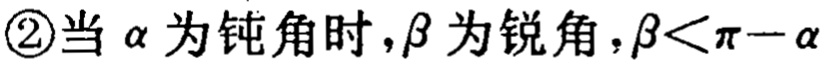
\textcircled{2}当\(\alpha\)为钝角时，\(\beta\)为锐角，\(\beta<\pi - \alpha\)